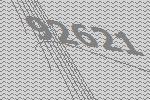
92621